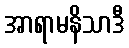
အာရာမနိသာဒီ